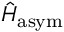
\hat { H } _ { \mathrm { a s y m } }